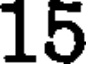
15